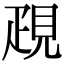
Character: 𧠣